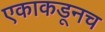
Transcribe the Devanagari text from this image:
एकाकडूनच